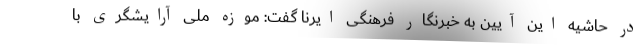
در حاشیه این آیین به خبرنگار فرهنگی ایرنا گفت: موزه ملی آرایشگری با